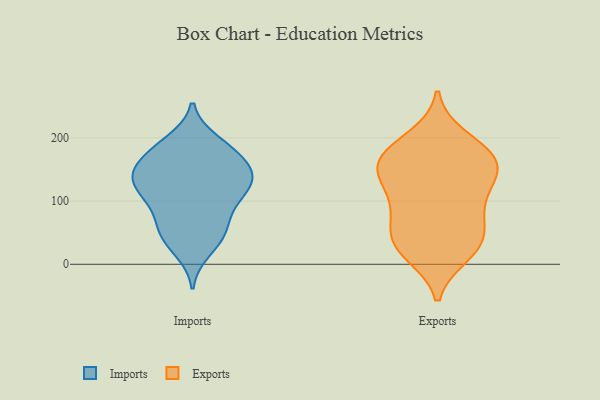
{"axis": {"x": "Budget (USD K)", "y": "Value"}, "legend": ["Exports", "Imports"], "data": [{"x": "", "y": 188, "type": "Imports"}, {"x": "", "y": 168, "type": "Imports"}, {"x": "", "y": 41, "type": "Imports"}, {"x": "", "y": 131, "type": "Imports"}, {"x": "", "y": 128, "type": "Imports"}, {"x": "", "y": 168, "type": "Imports"}, {"x": "", "y": 96, "type": "Imports"}, {"x": "", "y": 181, "type": "Imports"}, {"x": "", "y": 141, "type": "Imports"}, {"x": "", "y": 63, "type": "Imports"}, {"x": "", "y": 101, "type": "Imports"}, {"x": "", "y": 131, "type": "Imports"}, {"x": "", "y": 142, "type": "Imports"}, {"x": "", "y": 95, "type": "Imports"}, {"x": "", "y": 148, "type": "Imports"}, {"x": "", "y": 48, "type": "Imports"}, {"x": "", "y": 22, "type": "Imports"}, {"x": "", "y": 125, "type": "Imports"}, {"x": "", "y": 194, "type": "Imports"}, {"x": "", "y": 53, "type": "Imports"}, {"x": "", "y": 93, "type": "Exports"}, {"x": "", "y": 124, "type": "Exports"}, {"x": "", "y": 16, "type": "Exports"}, {"x": "", "y": 151, "type": "Exports"}, {"x": "", "y": 23, "type": "Exports"}, {"x": "", "y": 165, "type": "Exports"}, {"x": "", "y": 156, "type": "Exports"}, {"x": "", "y": 200, "type": "Exports"}, {"x": "", "y": 71, "type": "Exports"}, {"x": "", "y": 177, "type": "Exports"}, {"x": "", "y": 155, "type": "Exports"}, {"x": "", "y": 77, "type": "Exports"}, {"x": "", "y": 115, "type": "Exports"}, {"x": "", "y": 34, "type": "Exports"}, {"x": "", "y": 186, "type": "Exports"}, {"x": "", "y": 30, "type": "Exports"}, {"x": "", "y": 46, "type": "Exports"}, {"x": "", "y": 147, "type": "Exports"}]}